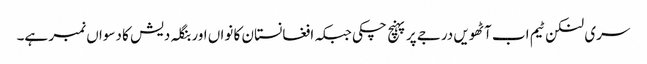
سری لنکن ٹیم اب آٹھویں درجے پر پہنچ چکی جبکہ افغانستان کا نواں اور بنگلہ دیش کا دسواں نمبر ہے۔